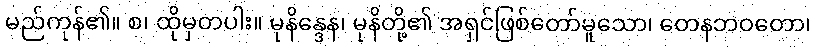
မည်ကုန်၏။ စ၊ ထိုမှတပါး။ မုနိန္ဒေန၊ မုနိတို့၏ အရှင်ဖြစ်တော်မူသော၊ တေနဘဝတော၊